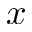
\boldsymbol { x }